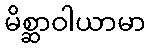
မိစ္ဆာဝါယာမာ